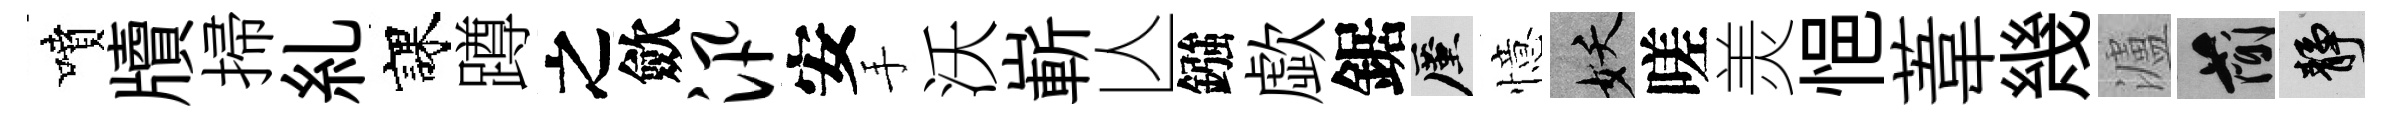
噴牘掃糺課蹲之歛汛安手沃嶄亾鏹歔鋸厪憶妖嗟羙悒葦幾瀘簡靜